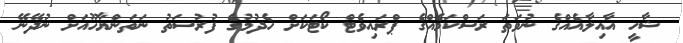
ޝާހީ އާއިލާއެއްގެ ނުވަތަ ރަސްކަމެއްގެ ޕްރައިވެޓް ކޯޓަކަށް ހެދުމުގެ ފުރުސަތު ނަތަންޔާހޫއަށް ނުދޭނޭ